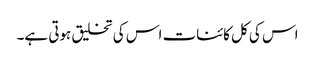
اس کی کل کائنات اس کی تخلیق ہوتی ہے۔